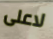
لاعلى